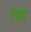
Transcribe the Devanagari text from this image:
रपत